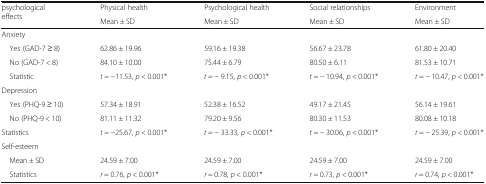
<table><thead><tr><td rowspan="2"><b>psychological effects</b></td><td><b>Physical health</b></td><td><b>Psychological health</b></td><td><b>Social relationships</b></td><td><b>Environment</b></td></tr><tr><td><b>Mean ± SD</b></td><td><b>Mean ± SD</b></td><td><b>Mean ± SD</b></td><td><b>Mean ± SD</b></td></tr></thead><tbody><tr><td colspan="5">Anxiety</td></tr><tr><td> Yes (GAD-7 ≥ 8)</td><td>62.86 ± 19.96</td><td>59.16 ± 19.38</td><td>56.67 ± 23.78</td><td>61.80 ± 20.40</td></tr><tr><td> No (GAD-7 &lt; 8)</td><td>84.10 ± 10.00</td><td>75.44 ± 6.79</td><td>80.50 ± 6.11</td><td>81.53 ± 10.71</td></tr><tr><td> Statistic</td><td><i>t</i> = −11.53, <i>p</i> &lt; 0.001*</td><td><i>t</i> = − 9.15, <i>p</i> &lt; 0.001*</td><td><i>t</i> = − 10.94, <i>p</i> &lt; 0.001*</td><td><i>t</i> = − 10.47, <i>p</i> &lt; 0.001*</td></tr><tr><td colspan="5">Depression</td></tr><tr><td> Yes (PHQ-9 ≥ 10)</td><td>57.34 ± 18.91</td><td>52.38 ± 16.52</td><td>49.17 ± 21.45</td><td>56.14 ± 19.61</td></tr><tr><td> No (PHQ-9 &lt; 10)</td><td>81.11 ± 11.32</td><td>79.20 ± 9.56</td><td>80.30 ± 11.53</td><td>80.08 ± 10.18</td></tr><tr><td>Statistics</td><td><i>t</i> = −25.67, <i>p</i> &lt; 0.001*</td><td><i>t</i> = − 33.33, <i>p</i> &lt; 0.001*</td><td><i>t</i> = − 30.06, <i>p</i> &lt; 0.001*</td><td><i>t</i> = − 25.39, <i>p</i> &lt; 0.001*</td></tr><tr><td colspan="5">Self-esteem</td></tr><tr><td> Mean ± SD</td><td>24.59 ± 7.00</td><td>24.59 ± 7.00</td><td>24.59 ± 7.00</td><td>24.59 ± 7.00</td></tr><tr><td> Statistics</td><td><i>r</i> = 0.76, <i>p</i> &lt; 0.001*</td><td><i>r</i> = 0.78, <i>p</i> &lt; 0.001*</td><td><i>r</i> = 0.73, <i>p</i> &lt; 0.001*</td><td><i>r</i> = 0.74, <i>p</i> &lt; 0.001*</td></tr></tbody></table>